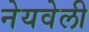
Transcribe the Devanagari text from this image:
नेयवेली